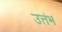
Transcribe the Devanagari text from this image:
उत्तंभ